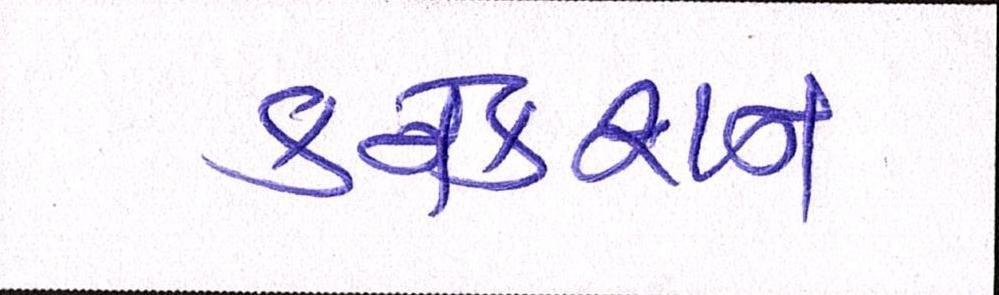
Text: કનેકશન